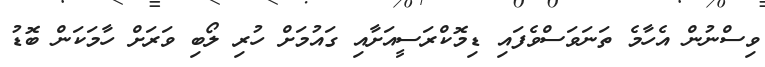
ވިސްނުން އެހާމެ ތަނަވަސްވެފައި ޑިމޮކްރަސީއަށާއި ގައުމަށް ހުރި ލޯބި ވަރަށް ހާމަކަން ބޮޑު